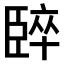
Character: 𫇈